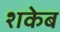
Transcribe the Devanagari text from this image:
शकेब